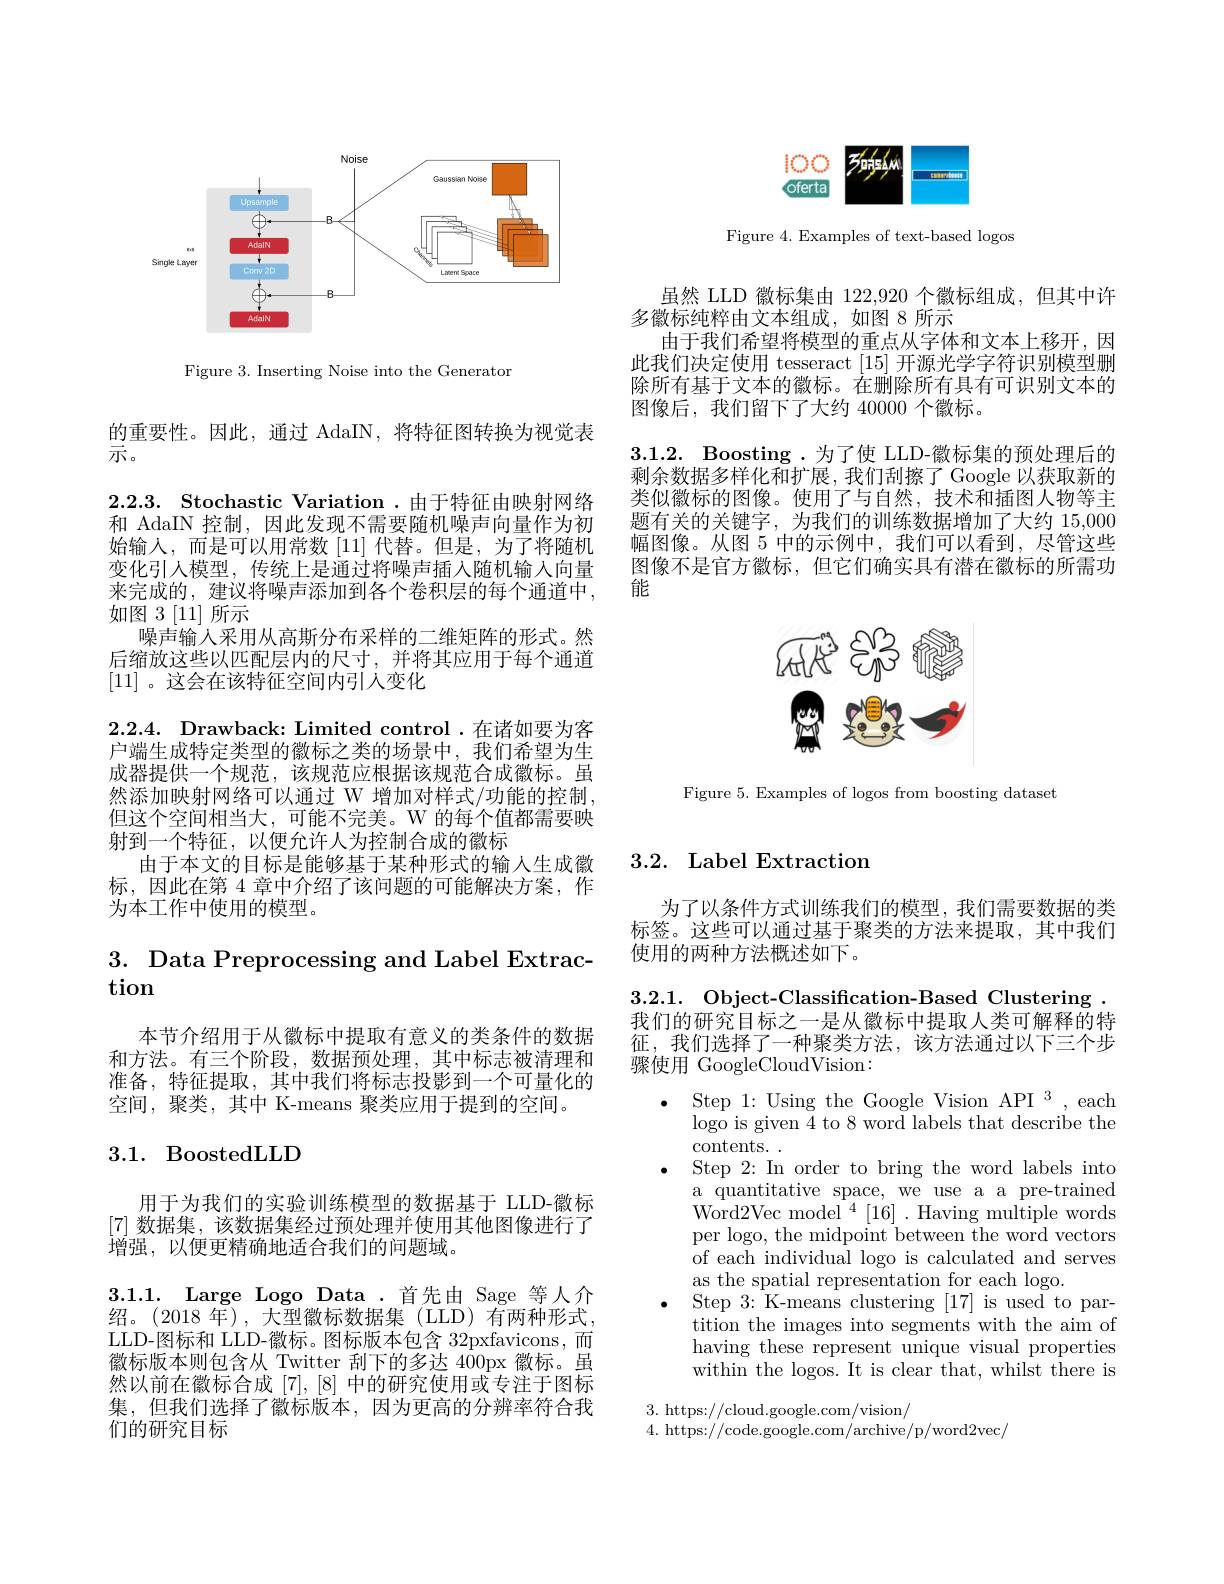
<FigureHere>

Figure 3. Inserting Noise into the Generator

的重要性。因此，通过 AdaIN, 将特征图转换为视觉表
示。
2.2.3. Stochastic Variation .由于特征由映射网络和 AdaIN 控制，因此发现不需要随机噪声向量作为初始输入，而是可以用常数[11] 代替。但是，为了将随机变化引人模型，传统上是通过将噪声插入随机输入向量来完成的，建议将噪声添加到各个卷积层的每个通道中， 如图 3 [11]所示
噪声输入采用从高斯分布采样的二维矩阵的形式。然后缩放这些以匹配层内的尺寸，并将其应用于每个通道[11] 。这会在该特征空间内引人变化
2.2.4. Drawback: Limited control .在诸如要为客户端生成特定类型的徽标之类的场景中，我们希望为生成器提供一个规范，该规范应根据该规范合成徽标。虽然添加映射网络可以通过 W 增加对样式/功能的控制， 但这个空间相当大，可能不完美。W 的每个值都需要映射到一个特征，以便允许人为控制合成的徽标
由于本文的目标是能够基于某种形式的输入生成徽标，因此在第 4 章中介绍了该问题的可能解决方案，作为本工作中使用的模型。

# 3. Data Preprocessing and Label Extraction

本节介绍用于从徽标中提取有意义的类条件的数据和方法。有三个阶段，数据预处理，其中标志被清理和准备，特征提取，其中我们将标志投影到一个可量化的空间，聚类，其中 K-means 聚类应用于提到的空间。

## 3.1. BoostedLLD

用于为我们的实验训练模型的数据基于 LLD-徽标[7]数据集，该数据集经过预处理并使用其他图像进行了增强，以便更精确地适合我们的问题域。
3.1.1. Large Logo Data .首先由 Sage 等人介绍。(2018 年),大型徽标数据集(LLD)有两种形式， LLD-图标和 LLD-徽标。图标版本包含 32pxfavicons,而徽标版本则包含从 Twitter 刮下的多达 400px 徽标。虽然以前在徽标合成[7],[8]中的研究使用或专注于图标集，但我们选择了徽标版本，因为更高的分辨率符合我们的研究目标

<FigureHere>

Figure 4. Examples of text-based logos

虽然 LLD 徽标集由 122,920 个徽标组成，但其中许
多徽标纯粹由文本组成，如图 8 所示
由于我们希望将模型的重点从字体和文本上移开，因此我们决定使用 tesseract [15] 开源光学字符识别模型删除所有基于文本的徽标。在删除所有具有可识别文本的图像后，我们留下了大约 40000 个徽标。

3.1.2. Boosting .为了使 LLD-徽标集的预处理后的$\bar{\text{剩余数据多样化和扩展，我们刮擦了 Google 以获取新的}}$ 类似微标的图像。使用了与自然，技术和插图人物等主题有关的关键字，为我们的训练数据增加了大约 15,000幅图像。从图 5 中的示例中，我们可以看到，尽管这些图像不是官方徽标，但它们确实具有潜在徽标的所需功能

<FigureHere>

Figure 5. Examples of logos from boosting dataset

## 3.2. Label Extraction

为了以条件方式训练我们的模型，我们需要数据的类标签。这些可以通过基于聚类的方法来提取，其中我们使用的两种方法概述如下。

3.2.1. Object-Classification-Based Clustering . 我们的研究目标之一是从徽标中提取人类可解释的特征，我们选择了一种聚类方法，该方法通过以下三个步骤使用 GoogleCloudVision:

Step 1: Using the Google Vision API $^3$, each logo is given 4 to 8 word labels that describe the contents.
Step 2: In order to bring the word labels into a quantitative space, we use a a pre-trained Word2Vec model$^4[16].$Having multiple words per logo, the midpoint between the word vectors of each individual logo is calculated and serves as the spatial representation for each logo.
Step 3: K-means clustering [17] is used to partition the images into segments with the aim of having these represent unique visual properties within the logos. It is clear that, whilst there is

3. https://cloud.google.com/vision/
4. https://code.google.com/archive/p/word2vec/